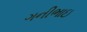
ગનીભાઇ